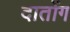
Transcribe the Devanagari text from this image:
दातोंग